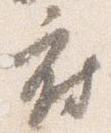
府